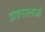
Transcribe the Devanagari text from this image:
डोक्सोलोज़ी